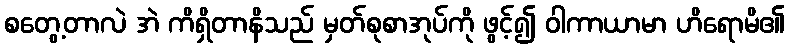
စတွေ့တာလဲ အဲ ကိရှိတာနိသည် မှတ်စုစာအုပ်ကို ဖွင့်၍ ဝါကာယာမာ ဟိရောမိ၏